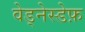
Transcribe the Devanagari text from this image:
वेड्नेस्डेफ़